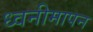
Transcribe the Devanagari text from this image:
ध्वनीमापन